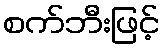
စက်ဘီးဖြင့်